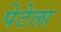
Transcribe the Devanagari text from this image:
पेटेला